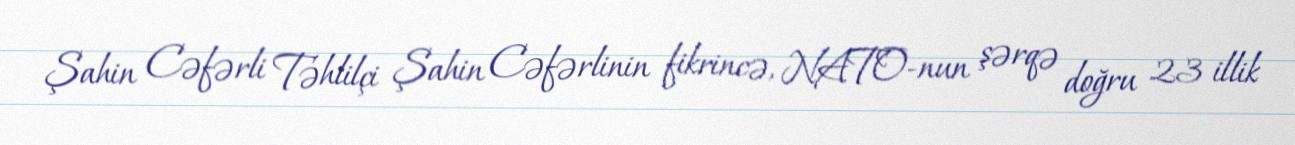
Şahin Cəfərli Təhlilçi Şahin Cəfərlinin fikrincə, NATO-nun şərqə doğru 23 illik